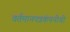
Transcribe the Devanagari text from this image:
वर्तमानपत्रकंपनीची